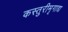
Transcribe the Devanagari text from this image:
कस्तुरीमृगाद्य